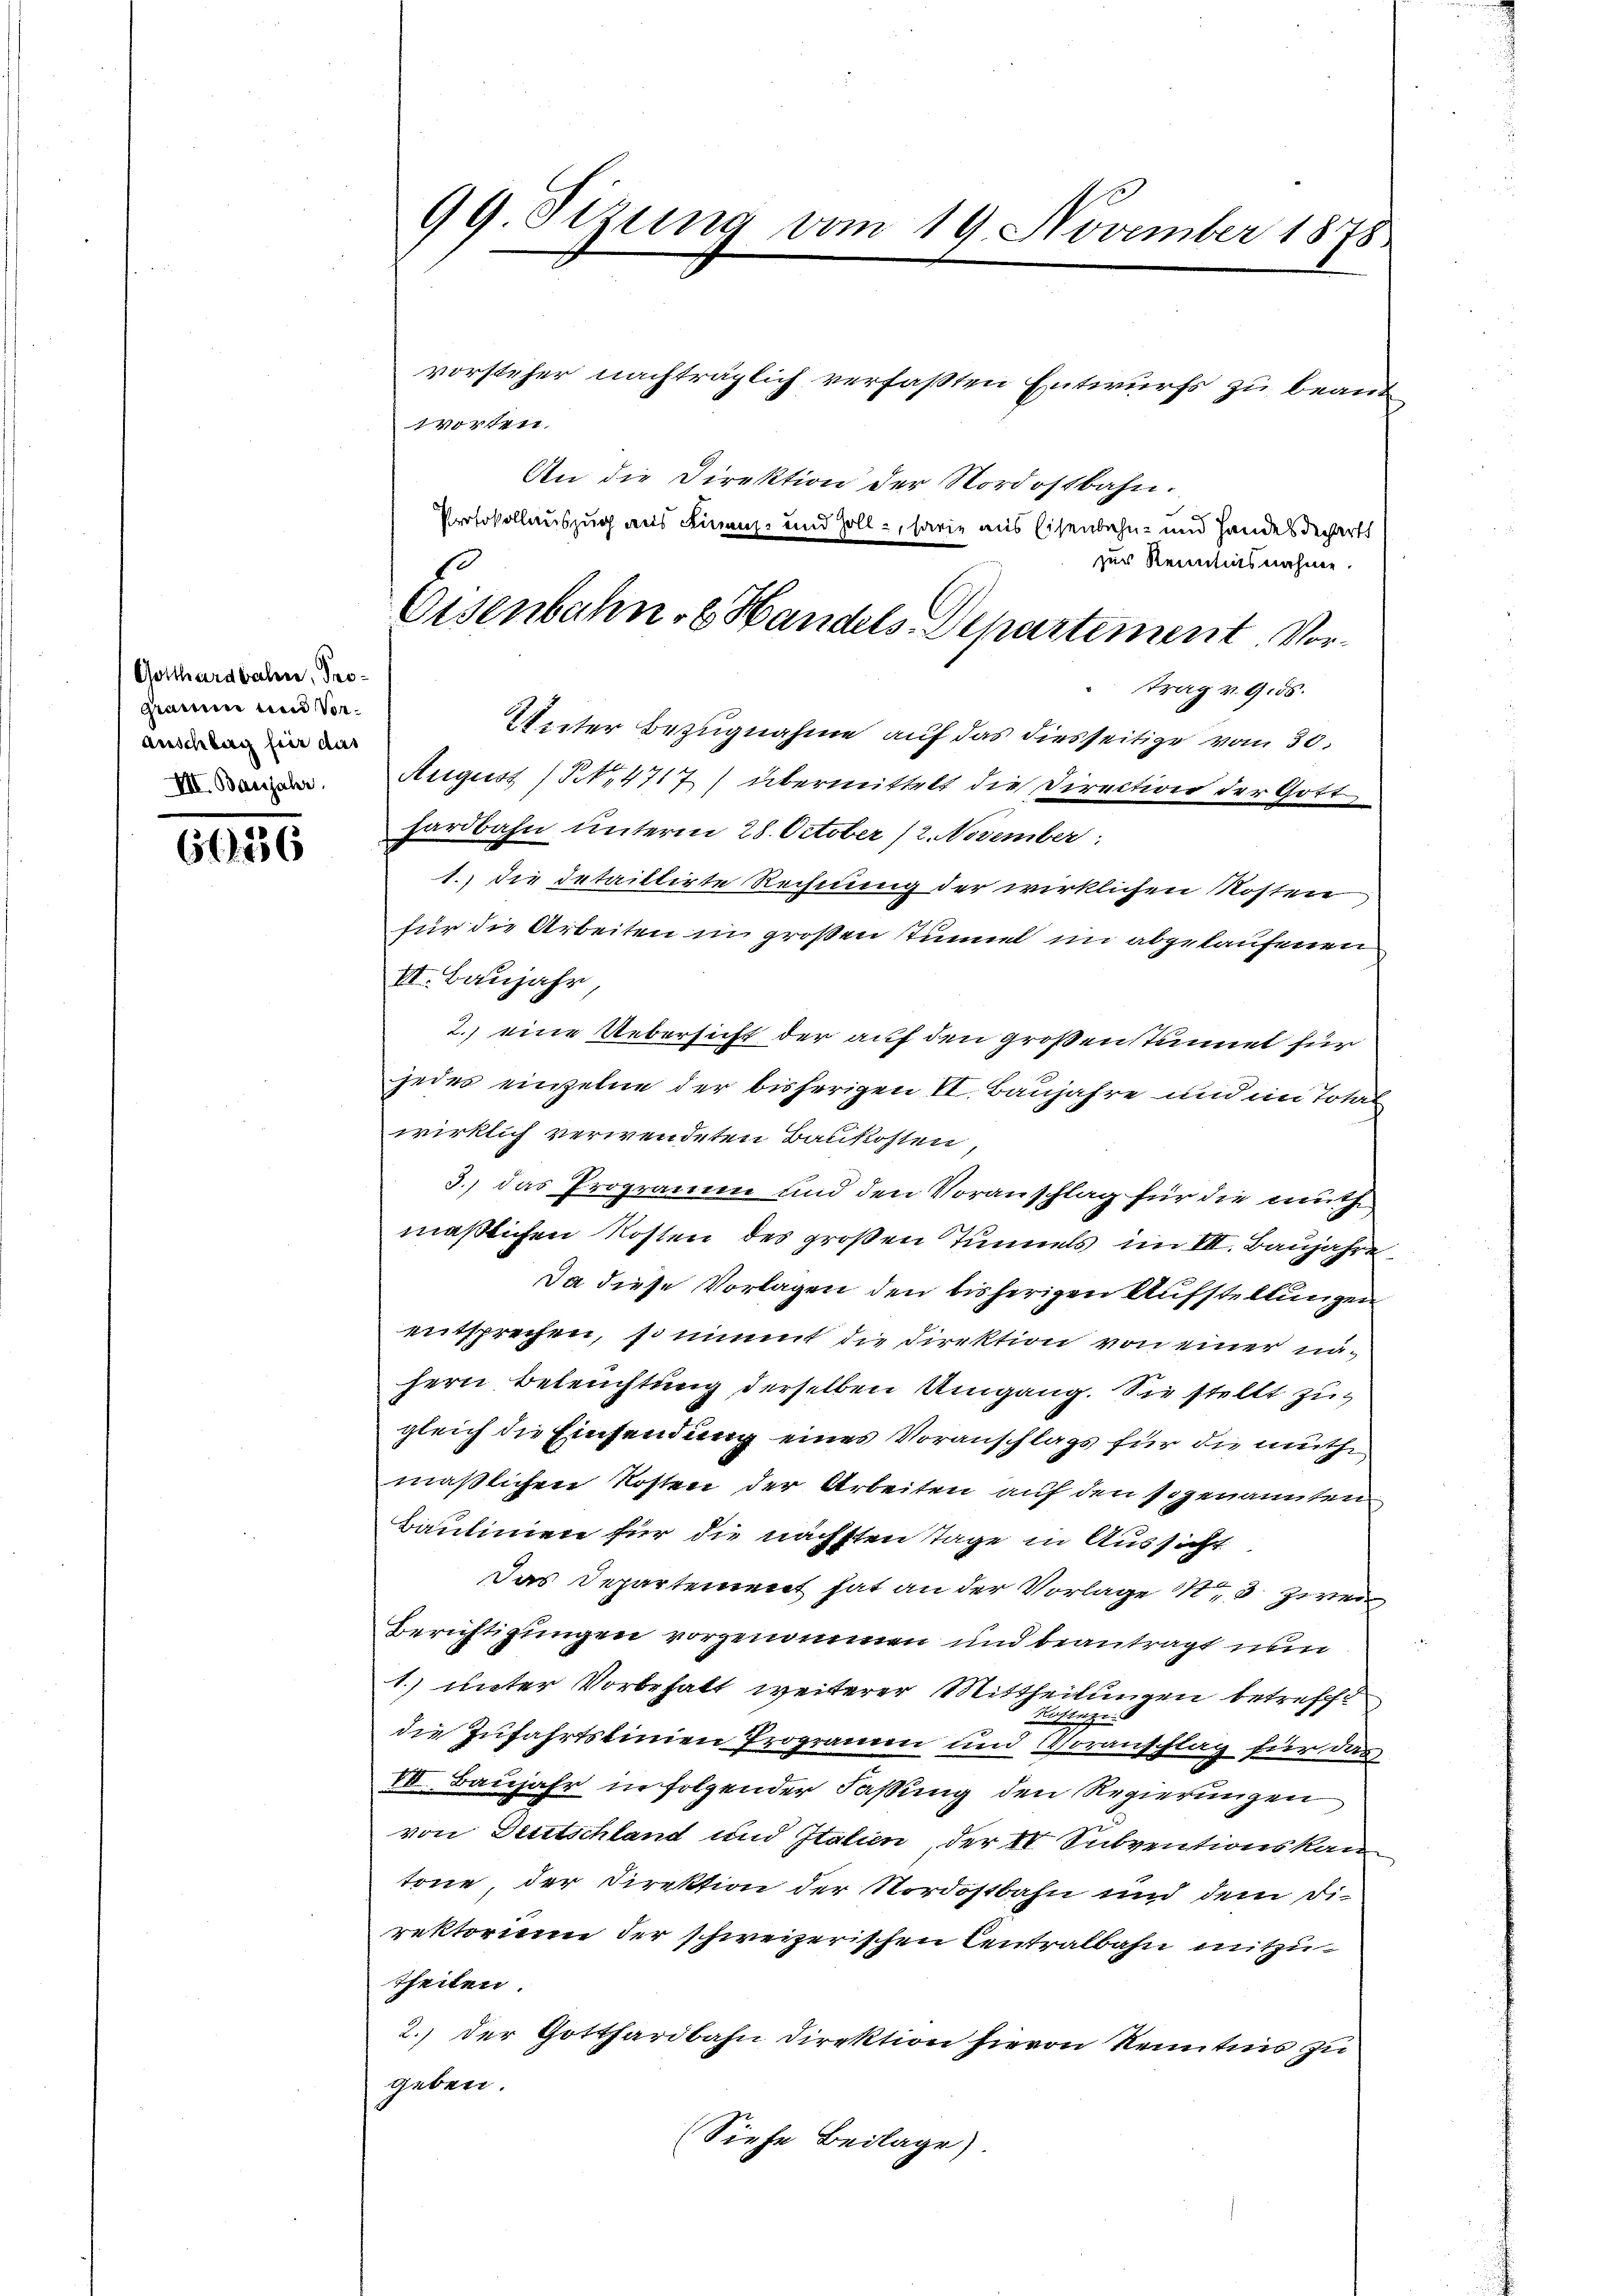
Gotthardbahn, Programm und Voranschlag für das
VII. Bassjahr

636

99. Sizung vom 19. November 1878

vorsteher nachträglich verfaßten Entwurfs zu beant
worten.
An die Direktion der Nordostbahn.
Protokollauszug aus Finanz- und soll, sowie aus Eisenbahn- und Handes dechartt
zur Kenntnisnahme.
trag v. 9. 55.
Unter Bezugnahme auf das diesseitige vom 30.
August 15. 4717) übermittelt die Direction der Gott,
hardbahn unterm 28. October (2. November
1.) die detailtirte Rechnung der wirklichen Kosten
für die Arbeiten in großen Tunnel im abgelaufenen
II. Baujahr,
2.) eine Uebersicht der auf den großenstimet für
jeder einzelne der bisherigen VI. Baujahre und im Total
wirklich verwendeten Baukosten
3.) das Programm und den Voranschlag für die mich
maßlichen Kosten des großen Tunnels im VII. Baujahre
Da diese Vorlagen den bisherigen Aufstellungen
entsprechen, so nimmt die Direktion von einer nähern Beleuchtung derselben Umgang. Sie stellt zugleich die Einsendung eines Voranschlags für die muthe,
maßlichen Kosten der Arbeiten auf den sogenannten
Baulinien für die nächsten Tage in Aussicht
Das Departement hat an der Vorlage 1 3 zwei
Berichtigungen vorgenommen und beantragt nun
1. unter Vorbehalt weiterer Mittheilungen betrefft
.
.
die Zufahrtslinien Programen und Voranschlag für das
VII. Baŭjahr in folgender Fassung den Regierungen
von Deutschland und Italien, der 10 Subventionskan
tone der Direktion der Nordostbahn und dem Direktorium der schweizerischen Centralbahn mitzutheilen.
2.) der Gotthardbahn Direktion hievon Kenntnis zu
geben.
(Siehe Beilage).

Eisenbahn- & Handels-Departement Vor¬